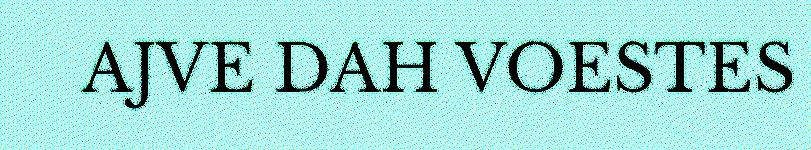
AJVE DAH VOESTES